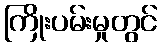
ကြိုးပမ်းမှုတွင်